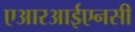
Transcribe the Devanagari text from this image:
एआरआईएनसी